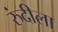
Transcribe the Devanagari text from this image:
रुंदीला